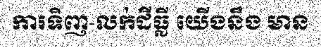
ការទិញ-លក់ដីធ្លី យើងនឹង មាន